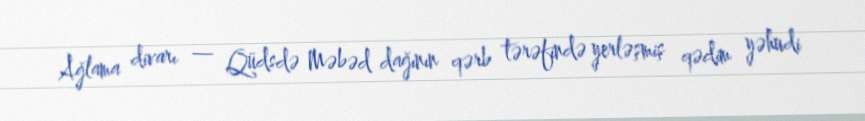
Ağlama divarı — Qüdsdə Məbəd dağının qərb tərəfində yerləşmiş qədim yəhudi